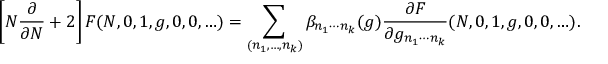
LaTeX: \left[ N \frac { \partial } { \partial N } + 2 \right] F ( N , 0 , 1 , g , 0 , 0 , \ldots ) = \sum _ { ( n _ { 1 } , \ldots , n _ { k } ) } \beta _ { n _ { 1 } \cdots n _ { k } } ( g ) \frac { \partial F } { \partial g _ { n _ { 1 } \cdots n _ { k } } } ( N , 0 , 1 , g , 0 , 0 , \ldots ) .